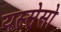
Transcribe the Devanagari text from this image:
यस्सेसो